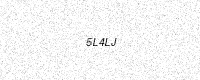
Text: 5L4LJ